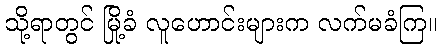
သို့ရာတွင် မြို့ခံ လူဟောင်းများက လက်မခံကြ။